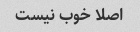
اصلا خوب نیست